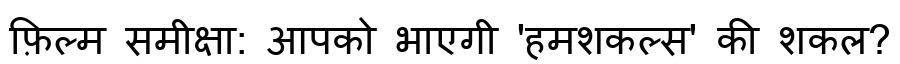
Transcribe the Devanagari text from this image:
फ़िल्म समीक्षा: आपको भाएगी 'हमशकल्स' की शकल?